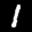
Digit: 1